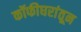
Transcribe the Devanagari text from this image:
कॉफीघरांतून